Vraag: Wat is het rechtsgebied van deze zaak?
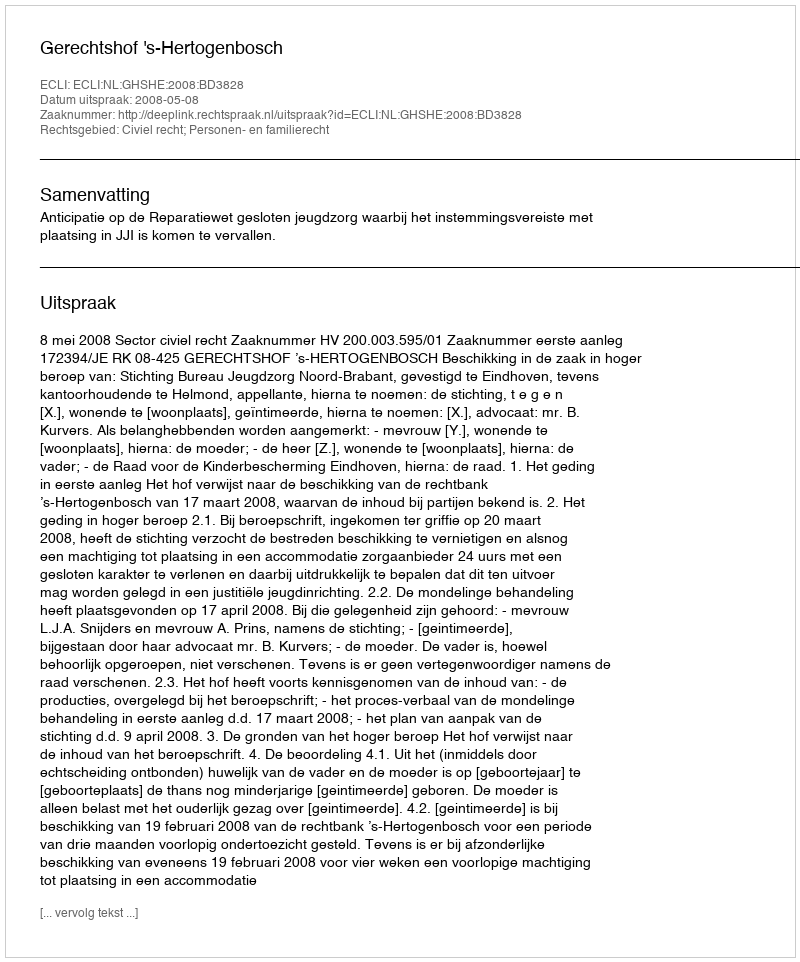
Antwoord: Civiel recht; Personen- en familierecht